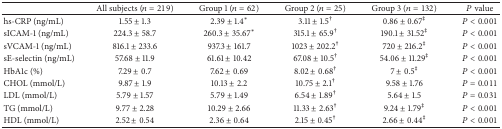
<table><thead><tr><td><b> </b></td><td><b>All subjects (<i>n</i> = 219)</b></td><td><b>Group 1 (<i>n</i> = 62)</b></td><td><b>Group 2 (<i>n</i> = 25)</b></td><td><b>Group 3 (<i>n</i> = 132)</b></td><td><b><i>P</i> value</b></td></tr></thead><tbody><tr><td>hs-CRP (ng/mL)</td><td>1.55 ± 1.3</td><td>2.39 ± 1.4<sup><i>∗</i></sup></td><td>3.11 ± 1.5<sup>†</sup></td><td>0.86 ± 0.67<sup>‡</sup></td><td><i>P</i> &lt; 0.001</td></tr><tr><td>sICAM-1 (ng/mL)</td><td>224.3 ± 58.7</td><td>260.3 ± 35.67<sup><i>∗</i></sup></td><td>315.1 ± 65.9<sup>†</sup></td><td>190.1 ± 31.52<sup>‡</sup></td><td><i>P</i> &lt; 0.001</td></tr><tr><td>sVCAM-1 (ng/mL)</td><td>816.1 ± 233.6</td><td>937.3 ± 161.7</td><td>1023 ± 202.2<sup>†</sup></td><td>720 ± 216.2<sup>‡</sup></td><td><i>P</i> &lt; 0.001</td></tr><tr><td>sE-selectin (ng/mL)</td><td>57.68 ± 11.9</td><td>61.61 ± 10.42</td><td>67.08 ± 10.5<sup>†</sup></td><td>54.06 ± 11.29<sup>‡</sup></td><td><i>P</i> &lt; 0.001</td></tr><tr><td>HbA1c (%)</td><td>7.29 ± 0.7</td><td>7.62 ± 0.69</td><td>8.02 ± 0.68<sup>†</sup></td><td>7 ± 0.5<sup>‡</sup></td><td><i>P</i> &lt; 0.001</td></tr><tr><td>CHOL (mmol/L)</td><td>9.87 ± 1.9</td><td>10.13 ± 2.2</td><td>10.75 ± 2.1<sup>†</sup></td><td>9.58 ± 1.76</td><td><i>P</i> = 0.011</td></tr><tr><td>LDL (mmol/L) </td><td>5.79 ± 1.57</td><td>5.79 ± 1.49</td><td>6.54 ± 1.89<sup>†</sup></td><td>5.64 ± 1.5</td><td><i>P</i> = 0.031</td></tr><tr><td>TG (mmol/L) </td><td>9.77 ± 2.28</td><td>10.29 ± 2.66</td><td>11.33 ± 2.63<sup>†</sup></td><td>9.24 ± 1.79<sup>‡</sup></td><td><i>P</i> &lt; 0.001</td></tr><tr><td>HDL (mmol/L) </td><td>2.52 ± 0.54</td><td>2.36 ± 0.64</td><td>2.15 ± 0.45<sup>†</sup></td><td>2.66 ± 0.44<sup>‡</sup></td><td><i>P</i> &lt; 0.001</td></tr></tbody></table>